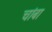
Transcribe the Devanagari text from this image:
चांबा